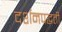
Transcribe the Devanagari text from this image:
दर्शनपद्धती